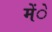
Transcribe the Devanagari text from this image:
मेंे